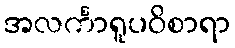
အလင်္ကာရူပဝိစာရာ